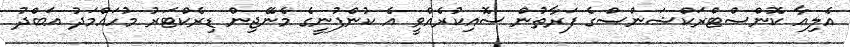
އެލިއާ ކޮންސްޓްރަކްޝަންސްގެ ފަރާތުން ސޮއިކުރެއްވީ އެ ކުންފުނީގެ މެނޭޖިން ޑިރެކްޓަރު މުހައްމަދު އަބްދު